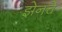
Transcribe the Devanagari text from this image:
झेनचे